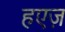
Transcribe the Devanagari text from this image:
हएज़